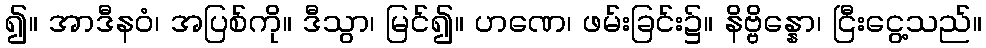
၍။ အာဒီနဝံ၊ အပြစ်ကို။ ဒီသွာ၊ မြင်၍။ ဟဏေ၊ ဖမ်းခြင်း၌။ နိဗ္ဗိန္နော၊ ငြီးငွေ့သည်။